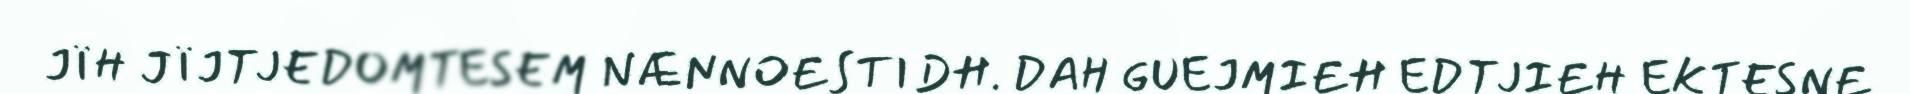
JÏH JÏJTJEDOMTESEM NÆNNOESTIDH. DAH GUEJMIEH EDTJIEH EKTESNE